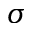
\sigma